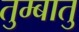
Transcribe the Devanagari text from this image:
तुम्बातु